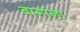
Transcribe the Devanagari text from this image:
बागांना